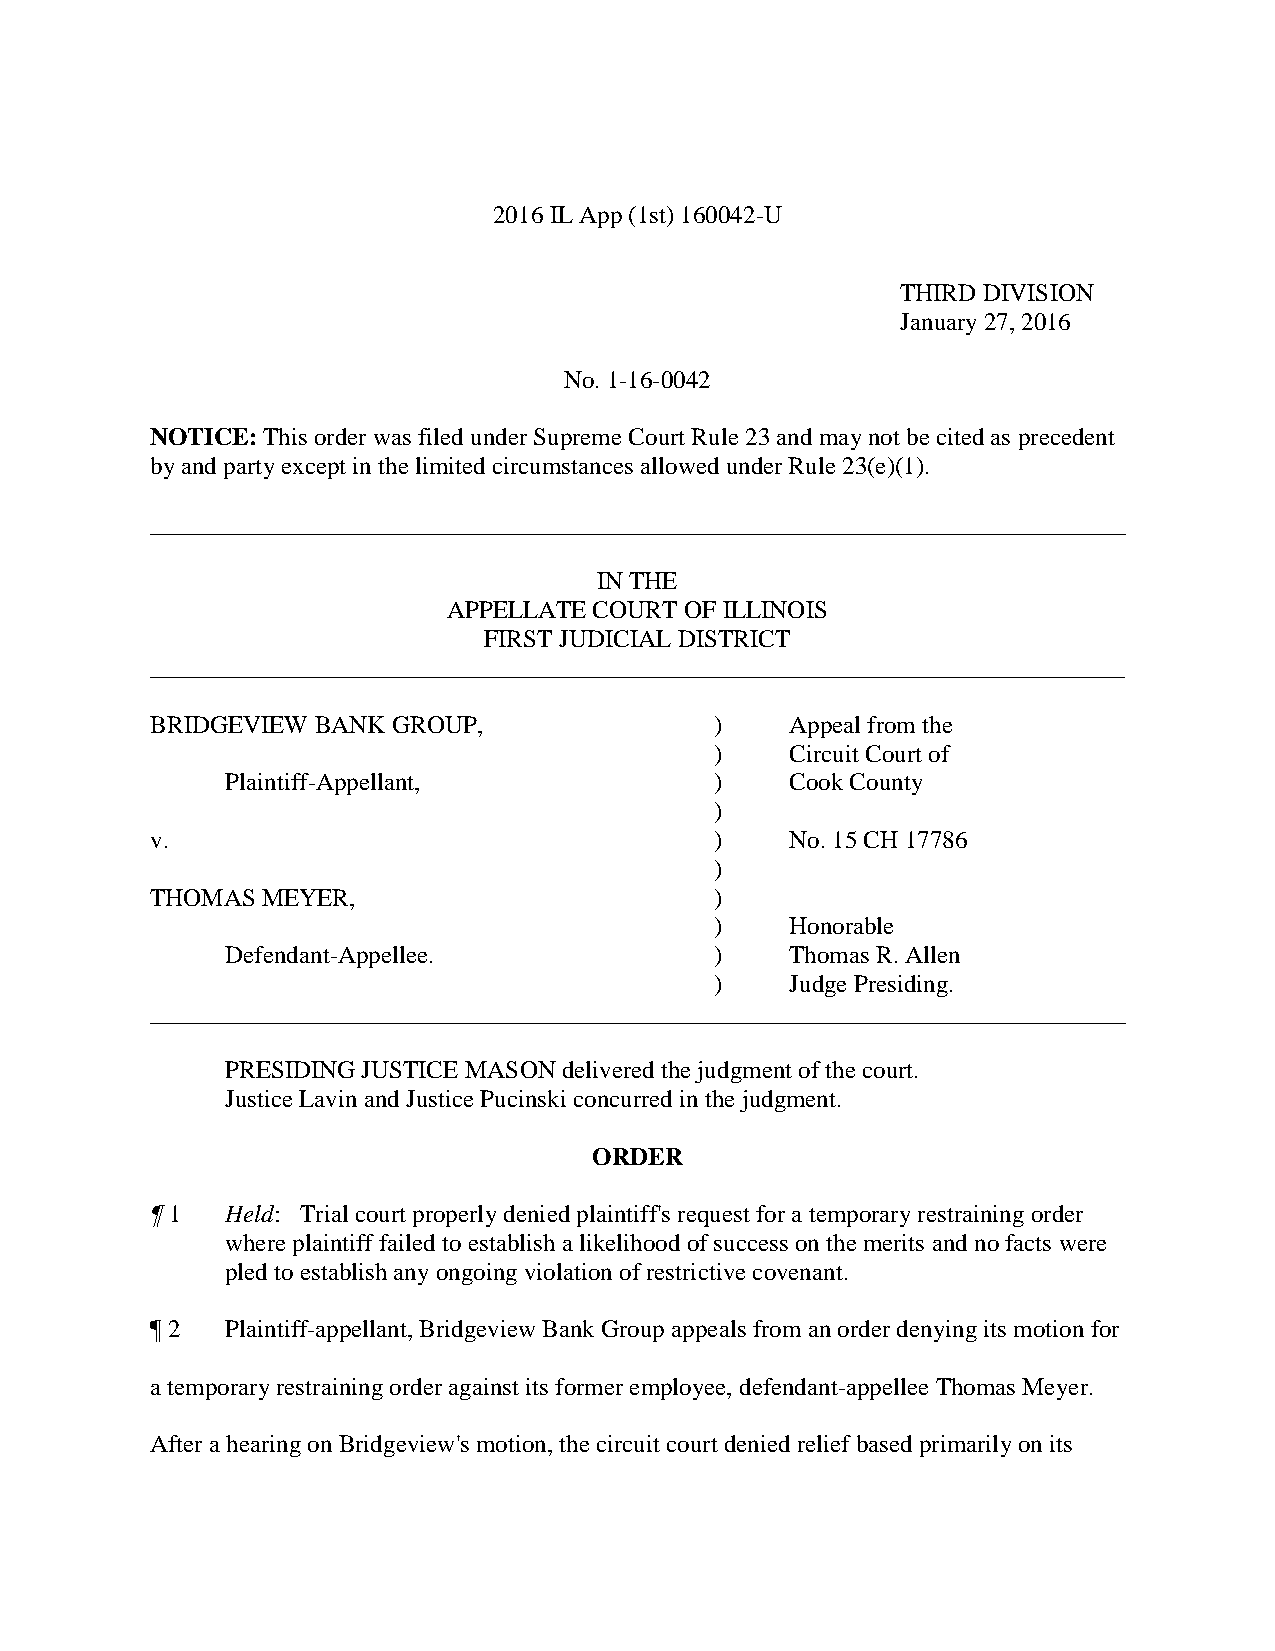
2016 IL App (1st) 160042-U
 THIRD DIVISION
 January 27, 2016
 No. 1-16-0042
 NOTICE: This order was filed under Supreme Court Rule 23 and may not be cited as precedent
 by and party except in the limited circumstances allowed under Rule 23(e)(1).
 ______________________________________________________________________________
 IN THE
 APPELLATE COURT OF ILLINOIS
 FIRST JUDICIAL DISTRICT
 ______________________________________________________________________________
 BRIDGEVIEW BANK GROUP,               )    Appeal from the
 )    Circuit Court of
 Plaintiff-Appellant,            )    Cook County
 )
 v.                                   )    No. 15 CH 17786
 )
 THOMAS MEYER,                        )
 )    Honorable
 Defendant-Appellee.             )    Thomas R. Allen
 )    Judge Presiding.
 ______________________________________________________________________________
 PRESIDING JUSTICE MASON delivered the judgment of the court.
 Justice Lavin and Justice Pucinski concurred in the judgment.
 ORDER
 ¶ 1  Held: Trial court properly denied plaintiff's request for a temporary restraining order
 where plaintiff failed to establish a likelihood of success on the merits and no facts were
 pled to establish any ongoing violation of restrictive covenant.
 ¶ 2  Plaintiff-appellant, Bridgeview Bank Group appeals from an order denying its motion for
 a temporary restraining order against its former employee, defendant-appellee Thomas Meyer.
 After a hearing on Bridgeview's motion, the circuit court denied relief based primarily on its